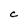
Character: C